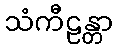
သံကီဠန္တာ